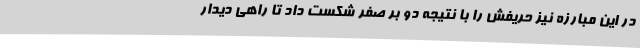
در این مبارزه نیز حریفش را با نتیجه دو بر صفر شکست داد تا راهی دیدار